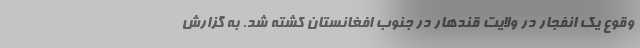
وقوع یک انفجار در ولایت ‌قندهار در جنوب افغانستان کشته شد. به گزارش